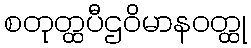
စတုတ္ထပီဌဝိမာနဝတ္ထု